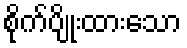
စိုက်ပျိုးထားသော